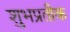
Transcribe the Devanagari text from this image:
शुभप्रतीक